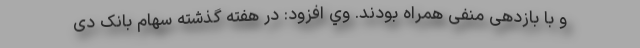
و با بازدهی منفی همراه بودند. وي افزود: در هفته گذشته سهام بانک دی